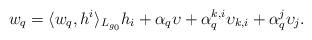
LaTeX: \begin{align*}w_{q}=\langle w_{q},h^{i}\rangle_{L_{g_{0}}}h_{i}+\alpha_{q}\upsilon+\alpha^{k,i}_{q}\upsilon_{k,i}+\alpha^{j}_{q}\upsilon_{j}.\end{align*}